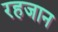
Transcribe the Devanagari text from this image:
रहजान